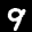
Label: 9